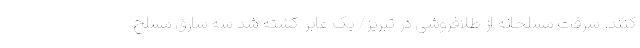
کنند. سرقت مسلحانه از طلافروشی در تبریز/ یک عابر کشته شد سه سارق مسلح